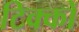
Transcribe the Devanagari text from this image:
टिक्कों